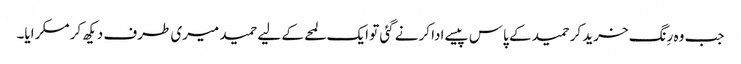
جب وہ رِنگ خرید کر حمید کے پاس پیسے ادا کرنے گئی تو ایک لمحے کے لیے حمید میری طرف دیکھ کر مسکرایا۔